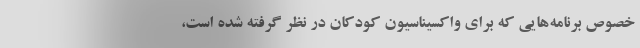
خصوص برنامه‌هایی که برای واکسیناسیون کودکان در نظر گرفته شده است،